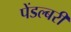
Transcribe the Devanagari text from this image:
पेंडल्बरी